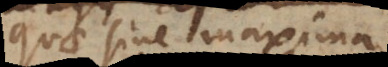
quae sine maxima